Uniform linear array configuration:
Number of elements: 48
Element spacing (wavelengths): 0.5
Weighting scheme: blackman
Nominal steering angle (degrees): -15
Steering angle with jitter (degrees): -16.963
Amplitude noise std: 0.05
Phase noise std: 0.05

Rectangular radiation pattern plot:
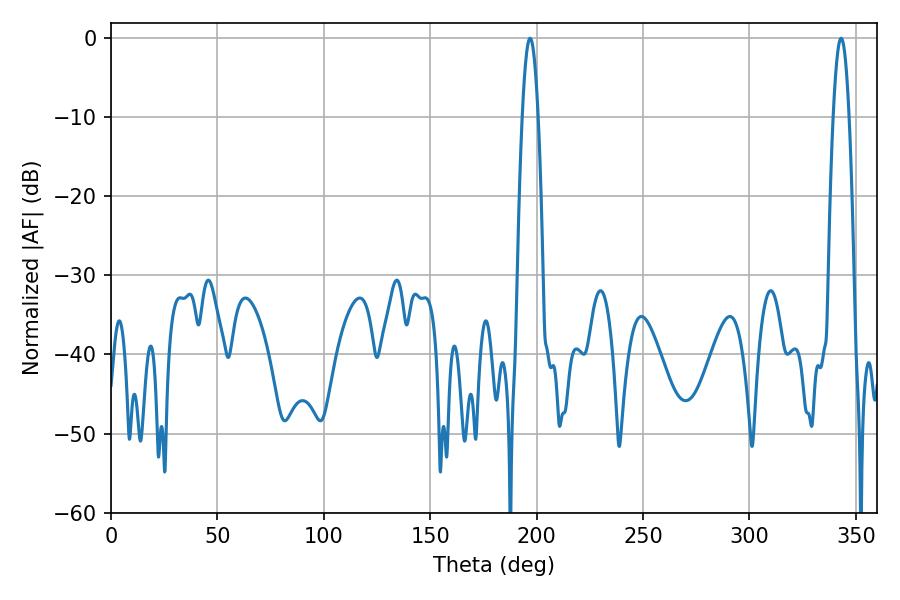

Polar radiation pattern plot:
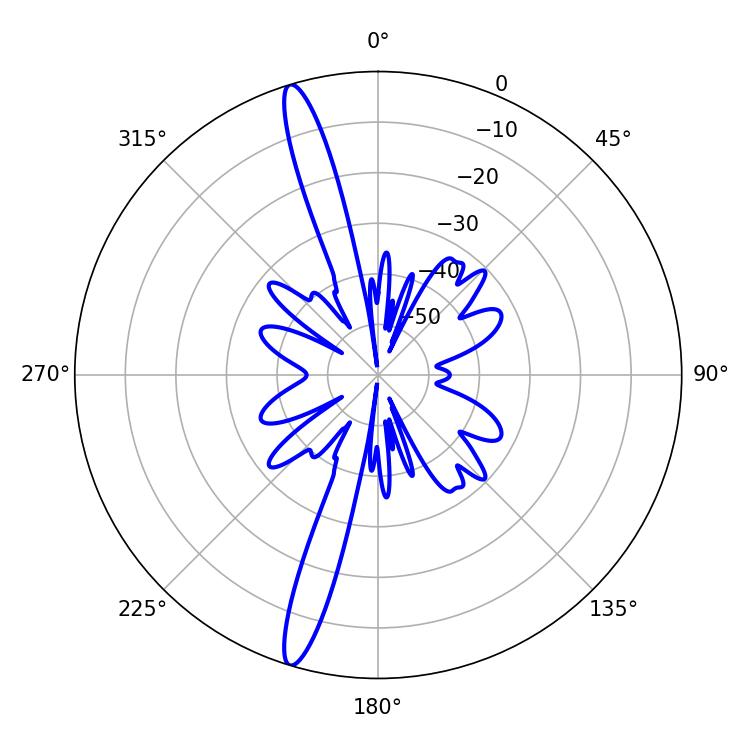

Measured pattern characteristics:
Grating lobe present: FALSE
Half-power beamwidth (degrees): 3.96
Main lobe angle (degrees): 196.92